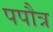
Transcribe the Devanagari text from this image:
पपौत्र